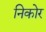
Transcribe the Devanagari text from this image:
निकोर